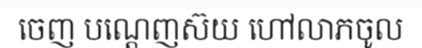
ចេញ បណ្តេញស៊យ ហៅលាភចូល